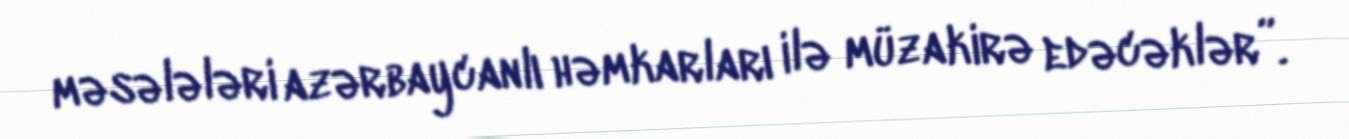
məsələləri azərbaycanlı həmkarları ilə müzakirə edəcəklər”.